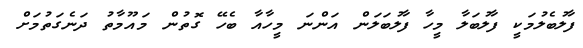
ފާލުބެލުމަކީ ފާލުބަލާ މީހާ ފާލުބަލަން އަންނަ މީހާއާ ބެހޭ ގޮތުން މައޫމާތު ދަނެގަތުމަށް